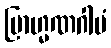
ဗြာဟ္မဏဂါမံ